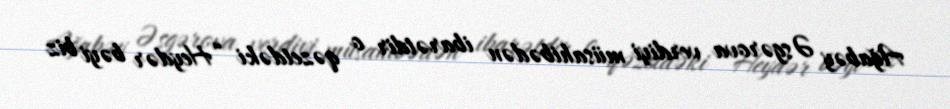
Ağabəy Əsgərova verdiyi müsahibədən ibarətdir o qəzetdəki “Heydər bəyi biz